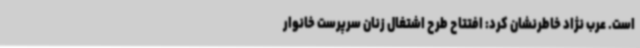
است. عرب نژاد خاطرنشان کرد: افتتاح طرح اشتغال زنان سرپرست خانوار